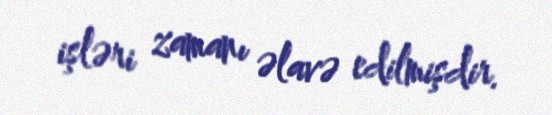
işləri zamanı əlavə edilmişdir.